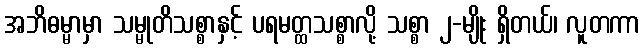
အဘိဓမ္မာမှာ သမ္မုတိသစ္စာနှင့် ပရမတ္ထသစ္စာလို့ သစ္စာ ၂-မျိုး ရှိတယ်၊ လူတကာ